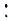
: